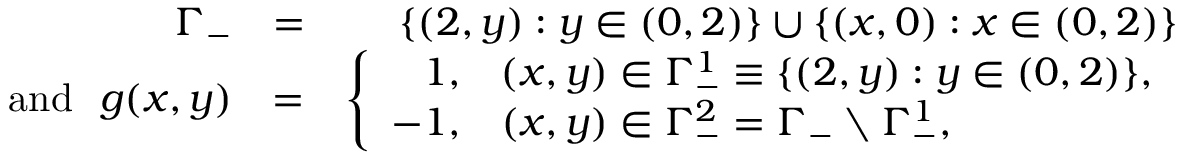
\begin{array} { r l r } { \Gamma _ { - } } & { = } & { \{ ( 2 , y ) : y \in ( 0 , 2 ) \} \cup \{ ( x , 0 ) : x \in ( 0 , 2 ) \} } \\ { \mathrm { a n d ~ } \, \, g ( x , y ) } & { = } & { \left\{ \begin{array} { r l } { 1 , } & { ( x , y ) \in \Gamma _ { - } ^ { 1 } \equiv \{ ( 2 , y ) : y \in ( 0 , 2 ) \} , } \\ { - 1 , } & { ( x , y ) \in \Gamma _ { - } ^ { 2 } = \Gamma _ { - } \setminus \Gamma _ { - } ^ { 1 } , } \end{array} \right. } \end{array}